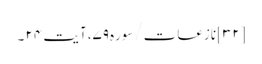
[۳۲] نازعات/سوره۷۹، آیت ۲۴ ۔